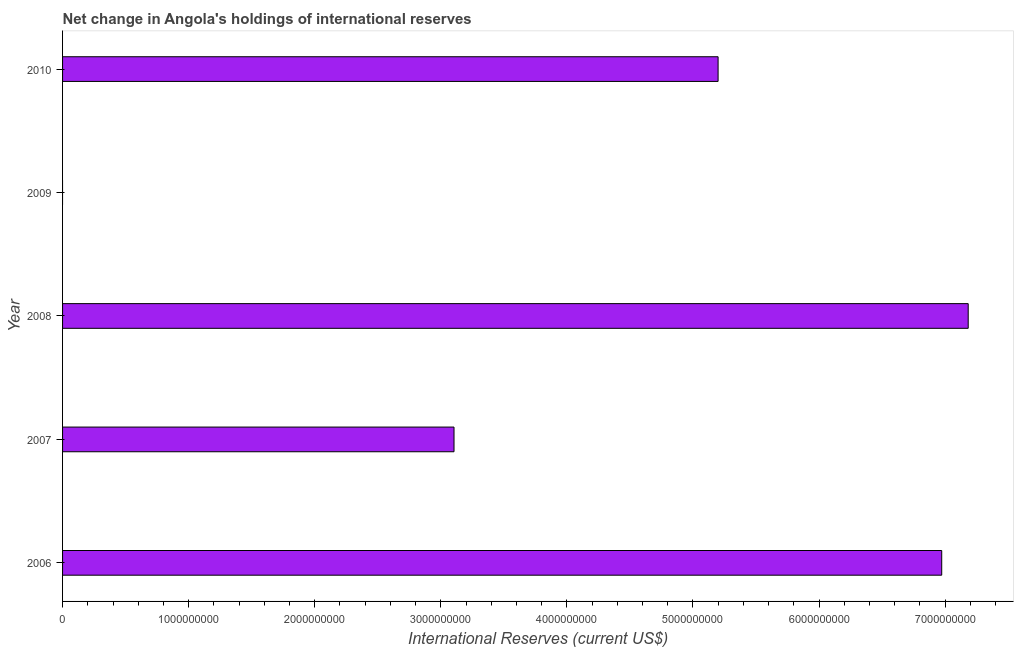
| Year | Reserves and related items |
 | --- | --- |
 | 2006 | 6.97e+09 |
 | 2007 | 3.1e+09 |
 | 2008 | 7.18e+09 |
 | 2009 | -4.96e+09 |
 | 2010 | 5.2e+09 |